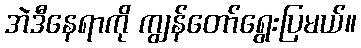
အဲဒီနေရာကို ကျွန်တော်ရွေးပြမယ်။